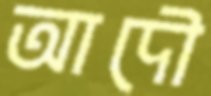
আদৌ